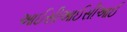
આઈસીઆઈસીઆઈ